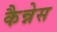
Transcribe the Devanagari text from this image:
कैन्नेस